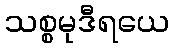
သစ္စမုဒီရယေ